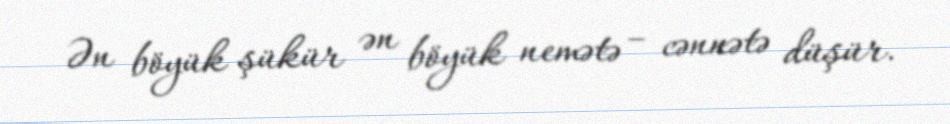
Ən böyük şükür ən böyük nemətə – cənnətə düşür.